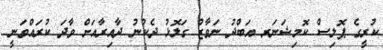
ކުރީގެ ޕޮލިސް ކޮމިޝަނަރ އަބްދު ނަވާޒް ގަލޮޅު ދެކުނު ދާއިރާއަށް ވާދަ ކުރައްވަނީ